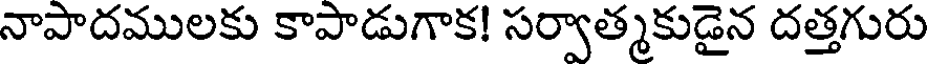
నాపాదములకు కాపాడుగాక! సర్వాత్మకుడైన దత్తగురు